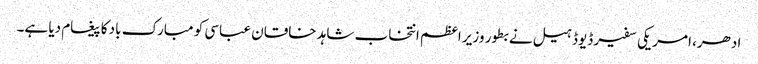
ادھر، امریکی سفیر ڈیوڈ ہیل نے بطور وزیر اعظم انتخاب شاہد خاقان عباسی کو مبارک باد کا پیغام دیا ہے۔